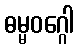
ဓမ္မဝဂ္ဂေါ